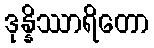
ဒုန္နိဿာရိတော